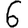
Digit: 6